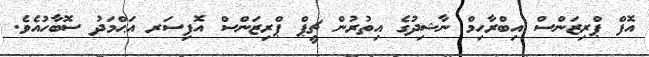
އޮފް ޕްރިޒަންސް އިބްރާހިމް ނާޝިދުގެ އިތުރުން ޗީޕް ޕްރިޒަންސް އޮފިސަރ އަޙްމަދު ސޮބާހުއެވެ.